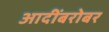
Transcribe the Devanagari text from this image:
आदींबरोबर